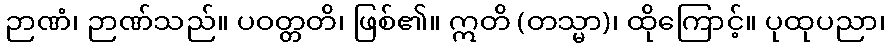
ဉာဏံ၊ ဉာဏ်သည်။ ပဝတ္တတိ၊ ဖြစ်၏။ ဣတိ (တသ္မာ)၊ ထိုကြောင့်။ ပုထုပညာ၊